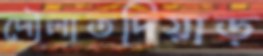
দৌলাতদিয়াড়